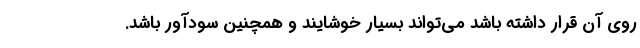
روی آن قرار داشته باشد می‌تواند بسیار خوشایند و همچنین سودآور باشد.